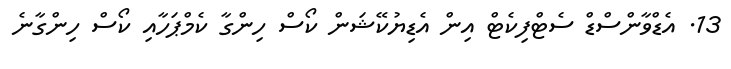
13. އެޑްވާންސްޑް ސެޓްފިކެޓް އިން އެޑިޔުކޭޝަން ކޯސް ހިންގާ ކެމްޕަހާއި ކޯސް ހިންގާނެ